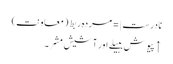
نادرست |=مردہ ربط (معاونت)
↑ پیوش ببیلے اور آشیش مشر۔